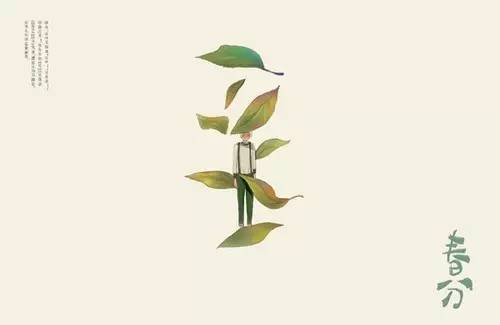
青梅如豆柳如眉，日长蝴蝶飞。